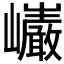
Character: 𭗷